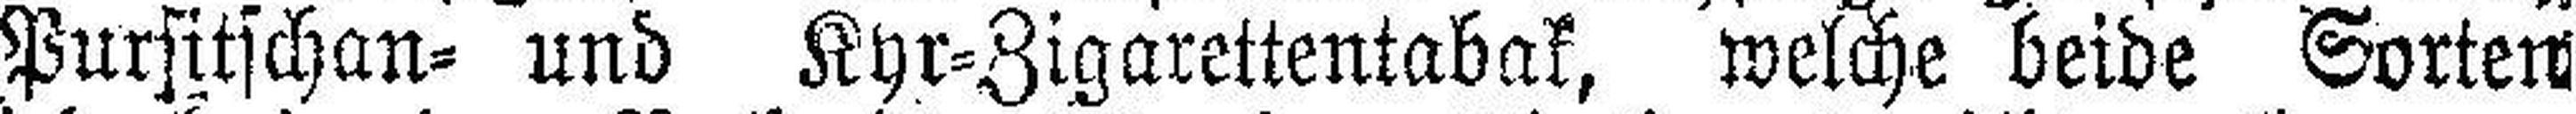
Pursitschan= und Kyr=Zigarettentabak, welche beide Sorten